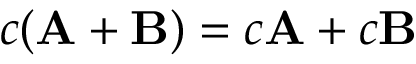
c ( \mathbf { A } + \mathbf { B } ) = c \mathbf { A } + c \mathbf { B }